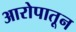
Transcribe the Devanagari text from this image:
आरोपातून